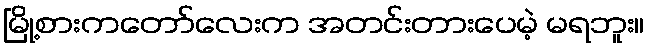
မြို့စားကတော်လေးက အတင်းတားပေမဲ့ မရဘူး။